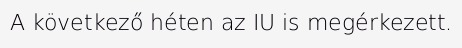
A következő héten az IU is megérkezett.